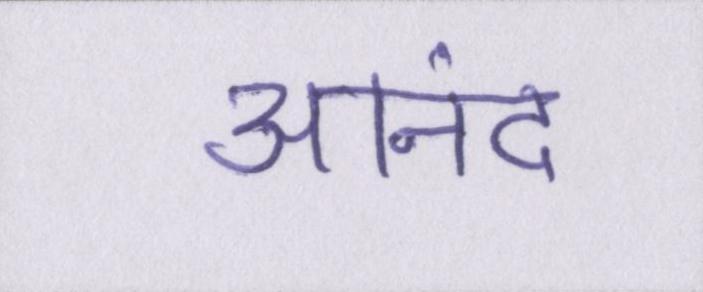
आनंद